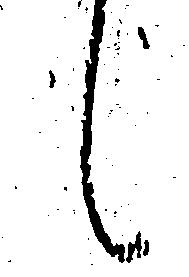
候